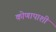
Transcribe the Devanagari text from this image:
कोणापाशी